Report on the nature of kala-azar
Disease focus: Kala-Azar
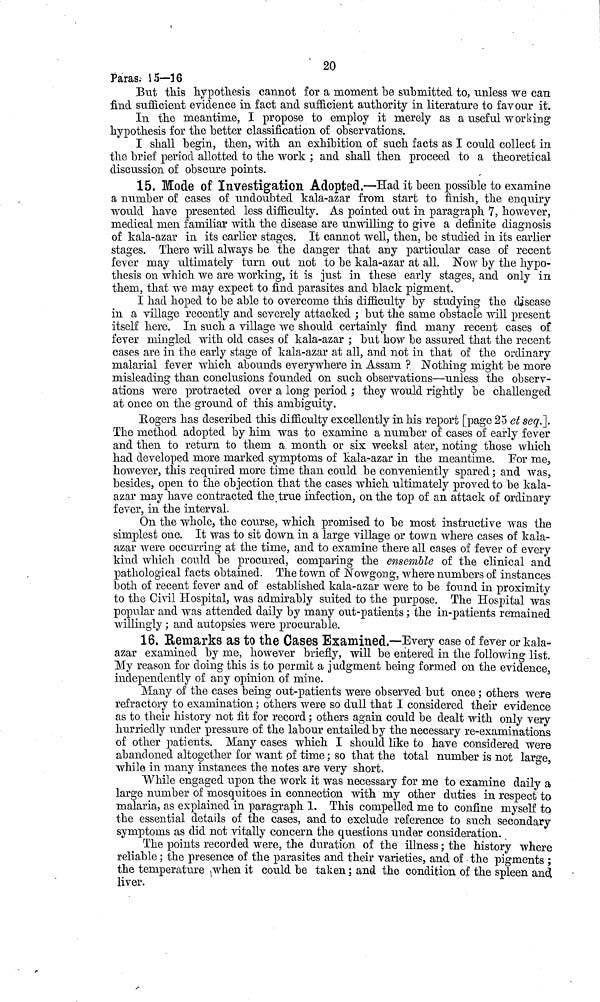
20
Paras. 15—16
But this hypothesis cannot for a moment be submitted to, unless we can
find sufficient evidence in fact and sufficient authority in literature to favour it.
In the meantime, I propose to employ it merely as a useful working
hypothesis for the better classification of observations.
I shall begin, then, with an exhibition of such facts as I could collect in
the brief period allotted to the work ; and shall then proceed to a theoretical
discussion of obscure points.
15. Mode of Investigation Adopted.—Had it been possible to examine
a number of cases of undoubted kala-azar from start to finish, the enquiry
would have presented less difficulty. As pointed out in paragraph 7, however,
medical men familiar with the disease are unwilling to give a definite diagnosis
of kala-azar in its earlier stages. It cannot well, then, be studied in its earlier
stages. There will always be the danger that any particular case of recent
fever may ultimately turn out not to be kala-azar at all. Now by the hypo-
thesis on which we are working, it is just in these early stages, and only in
them, that we may expect to find parasites and black pigment.
I had hoped to be able to overcome this difficulty by studying the disease
in a village recently and severely attacked ; but the same obstacle will present
itself here. In such a village we should certainly find many recent cases of
fever mingled with old cases of kala-azar ; but how be assured that the recent
cases are in the early stage of kala-azar at all, and not in that of the ordinary
malarial fever which abounds everywhere in Assam ? Nothing might be more
misleading than conclusions founded on such observations—unless the observ-
ations were protracted over a long period ; they would rightly be challenged
at once on the ground of this ambiguity.
Rogers has described this difficulty excellently in his report [page 25 et seq.].
The method adopted by him was to examine a number of cases of early fever
and then to return to them a. month or six weeksl ater, noting those which
had developed more marked symptoms of kala-azar in the meantime. For me,
however, this required more time than could be conveniently spared ; and was,
besides, open to the objection that the cases which ultimately proved to be kala-
azar may have contracted the true infection, on the top of an attack of ordinary
fever, in the interval.
On the whole, the course, which promised to be most instructive was the
simplest one. It was to sit down in a large village or town where cases of kala-
azar were occurring at the time, and to examine there all cases of fever of every
kind which could be procured, comparing the ensemble of the clinical and
pathological facts obtained. The town of Nowgong, where numbers of instances
both of recent fever and of established kala-azar were to be found in proximity
to the Civil Hospital, was admirably suited to the purpose. The Hospital was
popular and was attended daily by many out-patients ; the in-patients remained
willingly ; and autopsies were procurable.
16. Remarks as to the Cases Examined. — Every case of fever or kala-
azar examined by me, however briefly, will be entered in the following list.
My reason for doing this is to permit a judgment being formed on the evidence,
independently of any opinion of mine.
Many of the cases being out-patients were observed but once ; others were
refractory to examination ; others were so dull that I considered their evidence
as to their history not fit for record ; others again could be dealt with only very
hurriedly under pressure of the labour entailed by the necessary re-examinations
of other patients. Many cases which I should like to have considered were
abandoned altogether for want pf time ; so that the total number is not large,
while in many instances the notes are very short.
While engaged upon the work it was necessary for me to examine daily a
large number of mosquitoes in connection with my other duties in respect to
malaria, as explained in paragraph 1. This compelled me to confine myself to
the essential details of the cases, and to exclude reference to such secondary
symptoms as did not vitally concern the questions under consideration.
The points recorded were, the duration of the illness ; the history where
reliable ; the presence of the parasites and their varieties, and of the pigments ;
the temperature when it could be taken ; and the condition of the spleen and
liver.